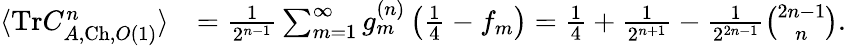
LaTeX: \begin{array}{rl}{\langle\mathrm{Tr}C_{A,\mathrm{Ch},O(1)}^{n}\rangle}&{=\frac{1}{2^{n-1}}\sum_{m=1}^{\infty}g_{m}^{(n)}\left(\frac{1}{4}-f_{m}\right)=\frac{1}{4}+\frac{1}{2^{n+1}}-\frac{1}{2^{2n-1}}\binom{2n-1}{n}.}\end{array}